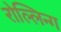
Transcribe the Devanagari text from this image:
रोल्लिन्ग